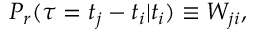
P _ { r } ( \tau = t _ { j } - t _ { i } | t _ { i } ) \equiv W _ { j i } ,